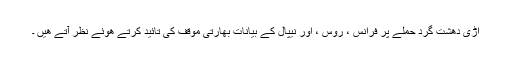
اڑی دھشت گرد حملے پر فرانس ، روس ، اور نیپال کے بیانات بھارتی موقف کی تائید کرتے ھوئے نظر آتے ھیں ۔